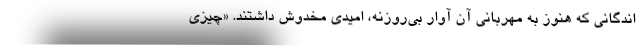
اندگاني كه هنوز به مهرباني آن آوار بي‌روزنه، اميدي مخدوش داشتند. «چيزي